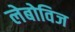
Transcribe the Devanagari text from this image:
लेबोविज